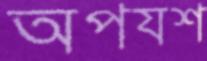
অপযশ